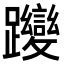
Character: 𮜬